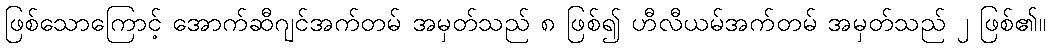
ဖြစ်သောကြောင့် အောက်ဆီဂျင်အက်တမ် အမှတ်သည် ၈ ဖြစ်၍ ဟီလီယမ်အက်တမ် အမှတ်သည် ၂ ဖြစ်၏။